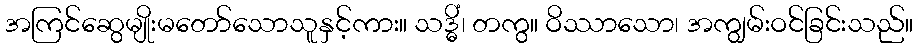
အကြင်ဆွေမျိုးမတော်သောသူနှင့်ကား။ သဒ္ဓိံ၊ တကွ။ ဝိဿာသော၊ အကျွမ်းဝင်ခြင်းသည်။